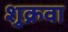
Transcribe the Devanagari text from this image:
शुक्रवा